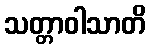
သတ္တာဝါသာတိ